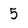
Character: 5